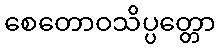
စေတောဝသိပ္ပတ္တော